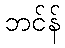
ဘင်န်